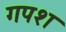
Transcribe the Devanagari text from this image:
गपश